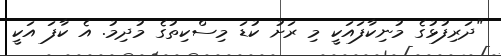
"ދަރިފުޅުގެ މުނިކާފައަކީ މި ރަށު ކުޑަ މިސްކިތުގެ މުދިމު. އެ ކާފަ އަކީ